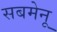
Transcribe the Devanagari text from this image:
सबमेनू